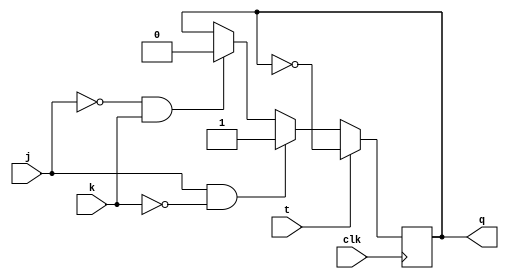
module t_ff_jk (
    input wire clk,
    input wire j,
    input wire k,
    input wire t,
    output reg q
);

reg q_next;

always @ (posedge clk) begin
    if (t) begin
        q_next = ~q;
    end else begin
        if (j & ~k) begin
            q_next = 1;
        end else if (~j & k) begin
            q_next = 0;
        end else begin
            q_next = q;
        end
    end
end

always @ * begin
    q = q_next;
end

endmodule